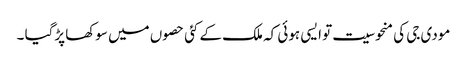
مودی جی کی منحوسیت تو ایسی ہوئی کہ ملک کے کئی حصوں میں سوکھا پڑگیا ۔